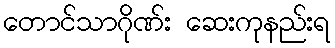
တောင်သာဂိုဏ်း ဆေးကုနည်းရ